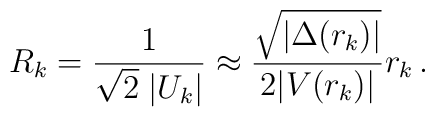
R_k = \frac{1}{\sqrt{2}\;|U_k|} \approx            \frac{\sqrt{|\Delta(r_k)|}}{2|V(r_k)|} r_k \,.